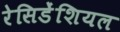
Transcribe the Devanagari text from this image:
रेसिडेंशियल